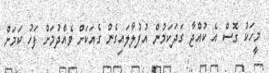
މީހަކު ގޮސް އެ ކުއްޖާ ގަދަކަމުން އުފުލާލައިގެން ގެއަކަށް ވެއްދުމަށް ފަހު ކަމަށް